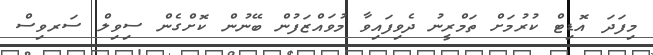
މިފަދަ އޮޑިޓް ކުރުމަށް ތަމްރީނު ދެވިފައިވާ މުވައްޒަފުން ބޭނުން ކޮށްގެން ސިވިލް ސަރވިސް